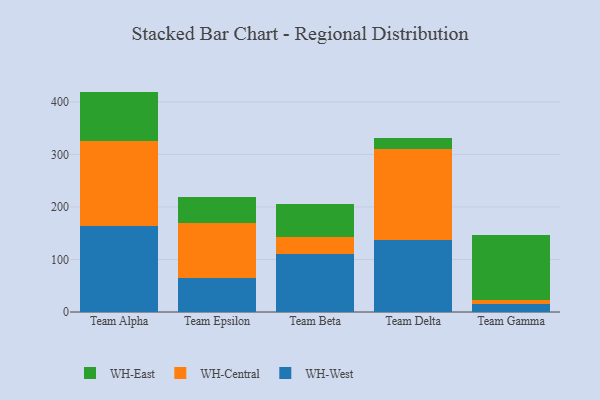
{"axis": {"x": "Team", "y": "Budget (USD K)"}, "legend": ["WH-Central", "WH-East", "WH-West"], "data": [{"x": "Team Alpha", "y": 164.1, "type": "WH-West"}, {"x": "Team Alpha", "y": 162.0, "type": "WH-Central"}, {"x": "Team Alpha", "y": 93.5, "type": "WH-East"}, {"x": "Team Epsilon", "y": 65.5, "type": "WH-West"}, {"x": "Team Epsilon", "y": 104.4, "type": "WH-Central"}, {"x": "Team Epsilon", "y": 49.4, "type": "WH-East"}, {"x": "Team Beta", "y": 110.9, "type": "WH-West"}, {"x": "Team Beta", "y": 32.1, "type": "WH-Central"}, {"x": "Team Beta", "y": 63.2, "type": "WH-East"}, {"x": "Team Delta", "y": 138.0, "type": "WH-West"}, {"x": "Team Delta", "y": 172.7, "type": "WH-Central"}, {"x": "Team Delta", "y": 20.5, "type": "WH-East"}, {"x": "Team Gamma", "y": 14.8, "type": "WH-West"}, {"x": "Team Gamma", "y": 8.5, "type": "WH-Central"}, {"x": "Team Gamma", "y": 123.1, "type": "WH-East"}]}